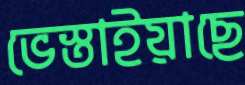
ভেস্তাইয়াছে